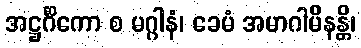
အဋ္ဌင်္ဂိကော စ မဂ္ဂါနံ၊ ခေမံ အမာဂါမိနန္တိ၊